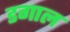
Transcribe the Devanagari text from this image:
डगाल